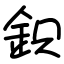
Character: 鉙